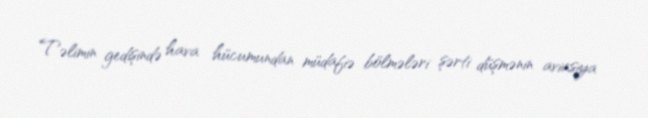
Təlimin gedişində hava hücumundan müdafiə bölmələri şərti düşmənin aviasiya